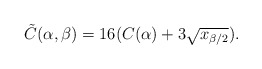
\begin{align*}\tilde C(\alpha,\beta) = 16 (C(\alpha) + 3 \sqrt{x_{\beta/2}}).\end{align*}